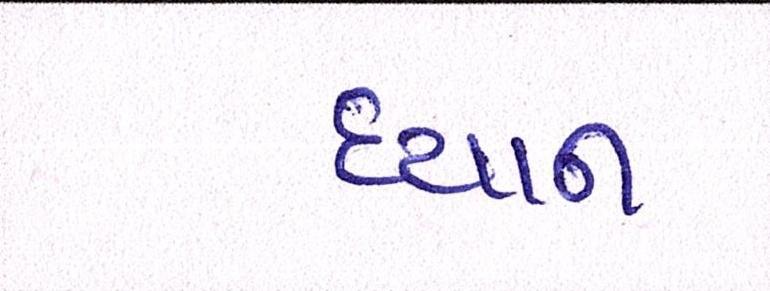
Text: ધ્યાન